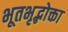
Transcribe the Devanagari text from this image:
भूतभृद्भोक्ता